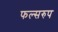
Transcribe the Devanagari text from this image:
फल्सरुप